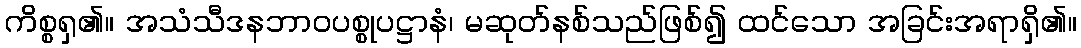
ကိစ္စရှ၏။ အသံသီဒနဘာဝပစ္စုပဋ္ဌာနံ၊ မဆုတ်နစ်သည်ဖြစ်၍ ထင်သော အခြင်းအရာရှိ၏။